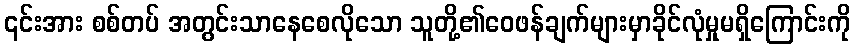
၎င်းအား စစ်တပ် အတွင်းသာနေစေလိုသော သူတို့၏ဝေဖန်ချက်များမှာခိုင်လုံမှုမရှိကြောင်းကို